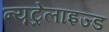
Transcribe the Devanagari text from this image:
न्यूट्रेलाइज्ड